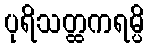
ပုရိသတ္ထကရမ္ပိ